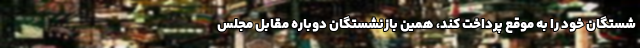
شستگان خود را به موقع پرداخت کند، همین بازنشستگان دوباره مقابل مجلس